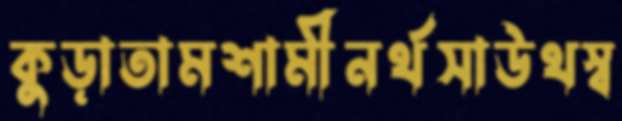
কুড়াতামশামীনর্থসাউথস্ব